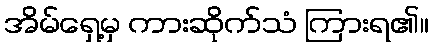
အိမ်ရှေ့မှ ကားဆိုက်သံ ကြားရ၏။